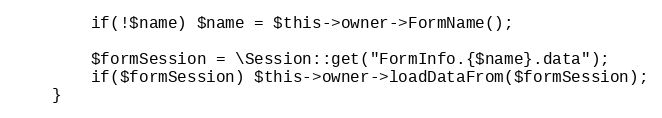
Language: PHP
		if(!$name) $name = $this->owner->FormName();

		$formSession = \Session::get("FormInfo.{$name}.data");
		if($formSession) $this->owner->loadDataFrom($formSession);
	}